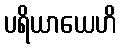
ပရိယာယေဟိ